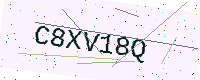
Text: C8XV18Q